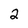
Character: 2